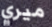
ميري